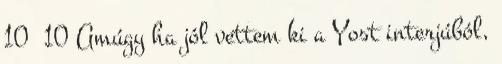
10 10 Amúgy ha jól vettem ki a Yost interjúból,